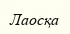
Лаосқа